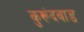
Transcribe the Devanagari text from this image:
कुरूंदवाड